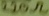
Text: 220Ω